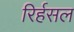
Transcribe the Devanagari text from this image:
रिर्हसल